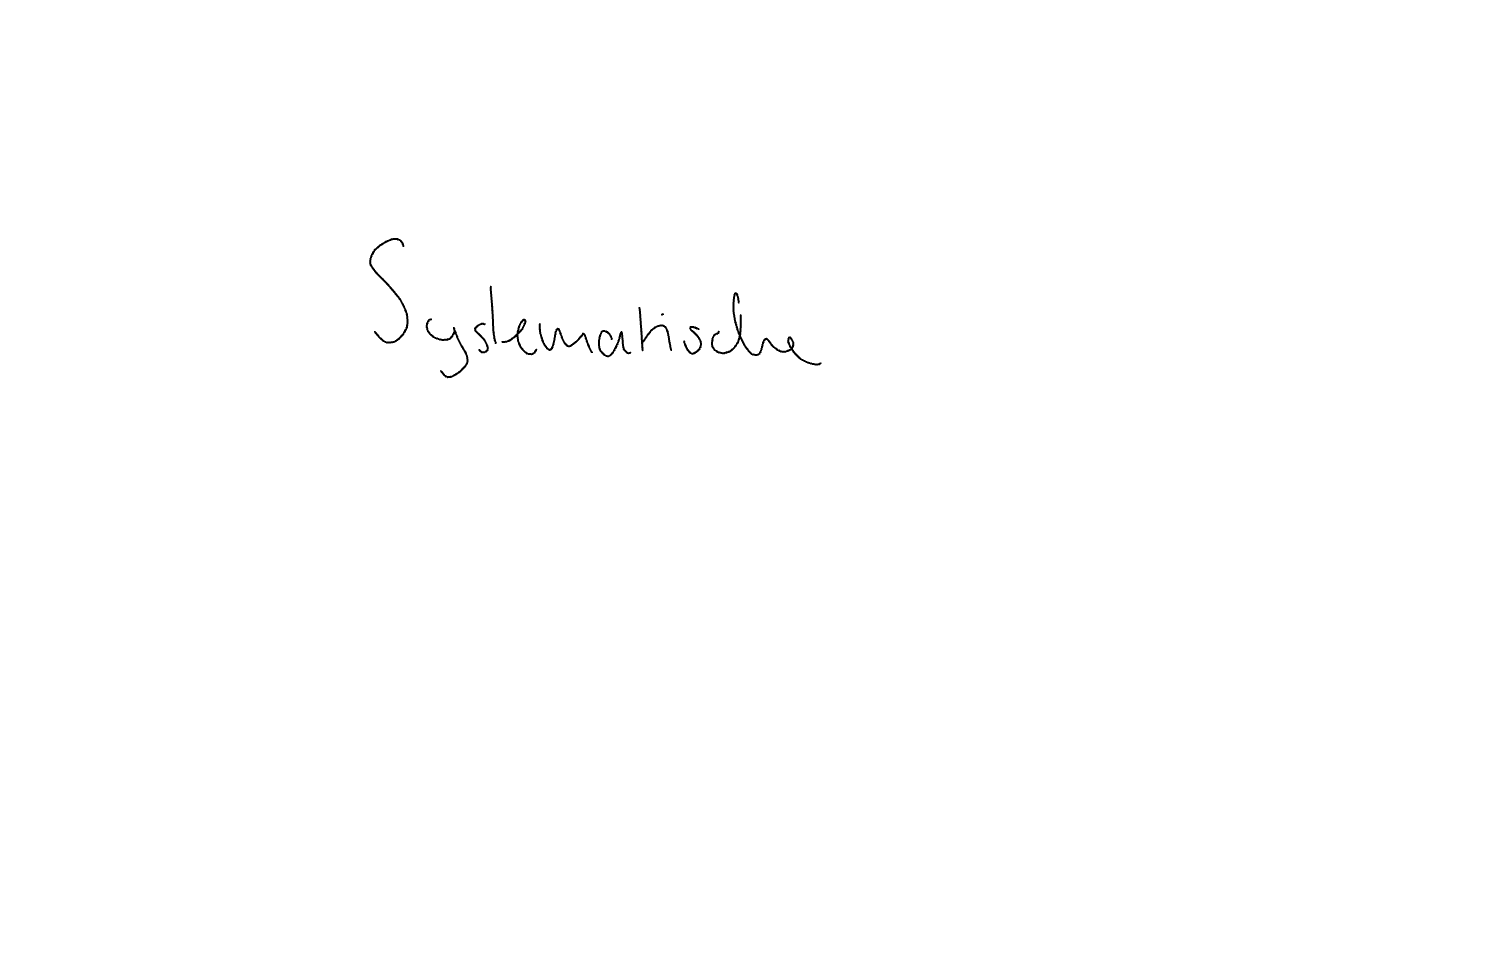
Text: Systematische